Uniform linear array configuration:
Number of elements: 64
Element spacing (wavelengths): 0.25
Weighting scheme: exponential
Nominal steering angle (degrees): -30
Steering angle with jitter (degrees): -30.69
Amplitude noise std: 0.05
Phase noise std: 0.05

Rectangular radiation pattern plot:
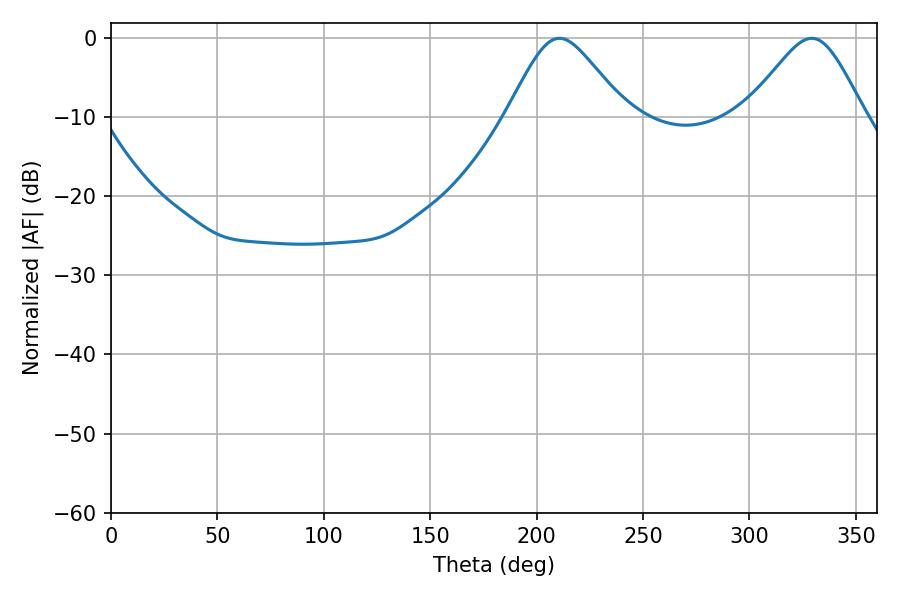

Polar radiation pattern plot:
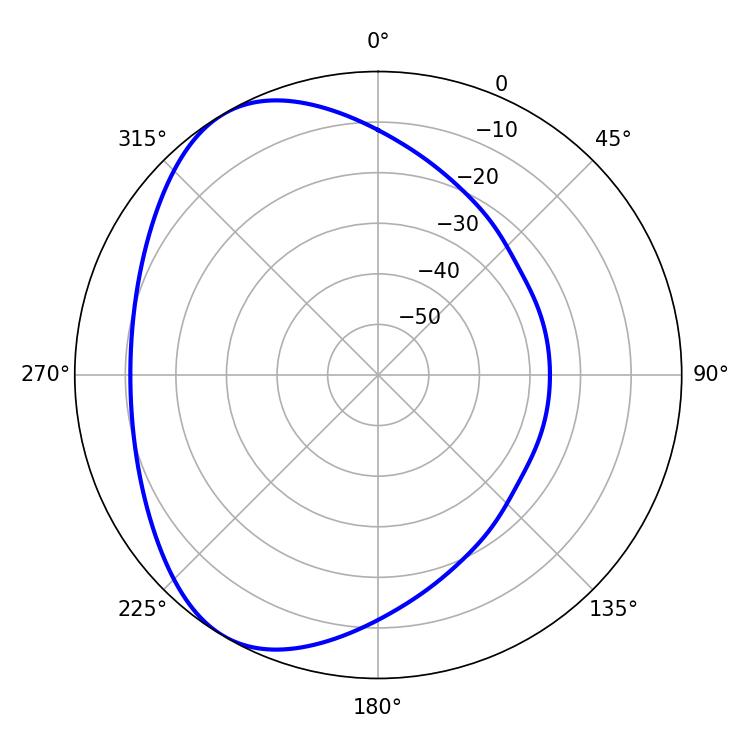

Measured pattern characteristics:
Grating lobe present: FALSE
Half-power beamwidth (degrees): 27.18
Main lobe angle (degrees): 210.78